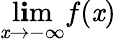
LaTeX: \operatorname*{l\mathbf{i}m}_{\mathit{x}\to-\infty}{f(\mathit{x})}